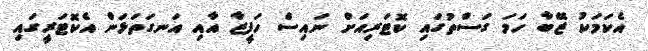
އެކަމަކު ޒޭބާ ހަމަ ގަސްތުގައި ކޮޓަރިއަށް ނައިސް ހަފީޒާ އާއި އަނގަތަޅަން އެކޮޓަރީގައި